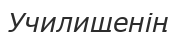
Училищенің